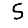
Digit: 5